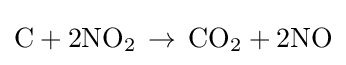
{\text{C}}+2{\text{NO}}_{2}\,\rightarrow \,{\text{CO}}_{2}+2{\text{NO}}